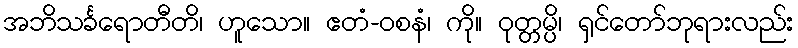
အဘိသင်္ခရောတီတိ၊ ဟူသော။ ဧတံ-ဝစနံ၊ ကို။ ဝုတ္တမ္ပိ၊ ရှင်တော်ဘုရားလည်း